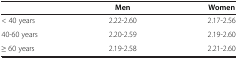
<table><thead><tr><td><b> </b></td><td><b>Men</b></td><td><b>Women</b></td></tr></thead><tbody><tr><td>&lt; 40 years</td><td>2.22-2.60</td><td>2.17-2.56</td></tr><tr><td>40-60 years</td><td>2.20-2.59</td><td>2.19-2.60</td></tr><tr><td>≥ 60 years</td><td>2.19-2.58</td><td>2.21-2.60</td></tr></tbody></table>